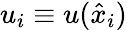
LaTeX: u_{i}\equiv u(\hat{x}_{i})